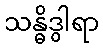
သန္ဓိဒွါရာ